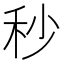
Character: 秒